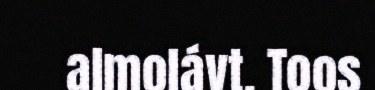
almolávt. Toos